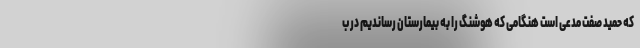
که حمید صفت مدعی است هنگامی که هوشنگ را به بیمارستان رساندیم در ب